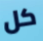
كل